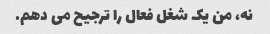
نه، من یک شغل فعال را ترجیح می دهم.